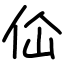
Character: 佡